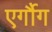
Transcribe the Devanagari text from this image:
एर्गौग